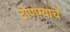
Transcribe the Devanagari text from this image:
टोणग्याचे